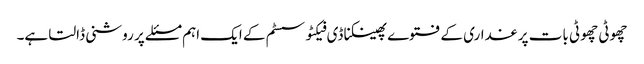
چھوٹی چھوٹی بات پر غداری کے فتوے پھینکنا ڈی فیکٹو سسٹم کے ایک اہم مسئلے پر روشنی ڈالتا ہے۔